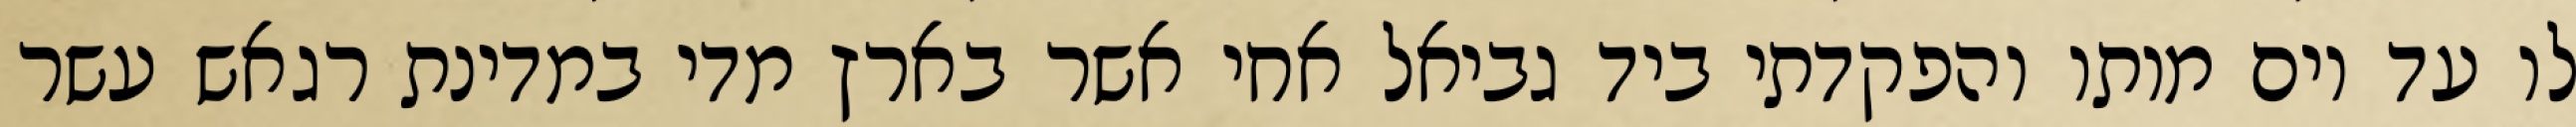
לו עד יום מותו והפקדתי ביד גביאל אחי אשר בארץ מדי במדינת רגאש עשר